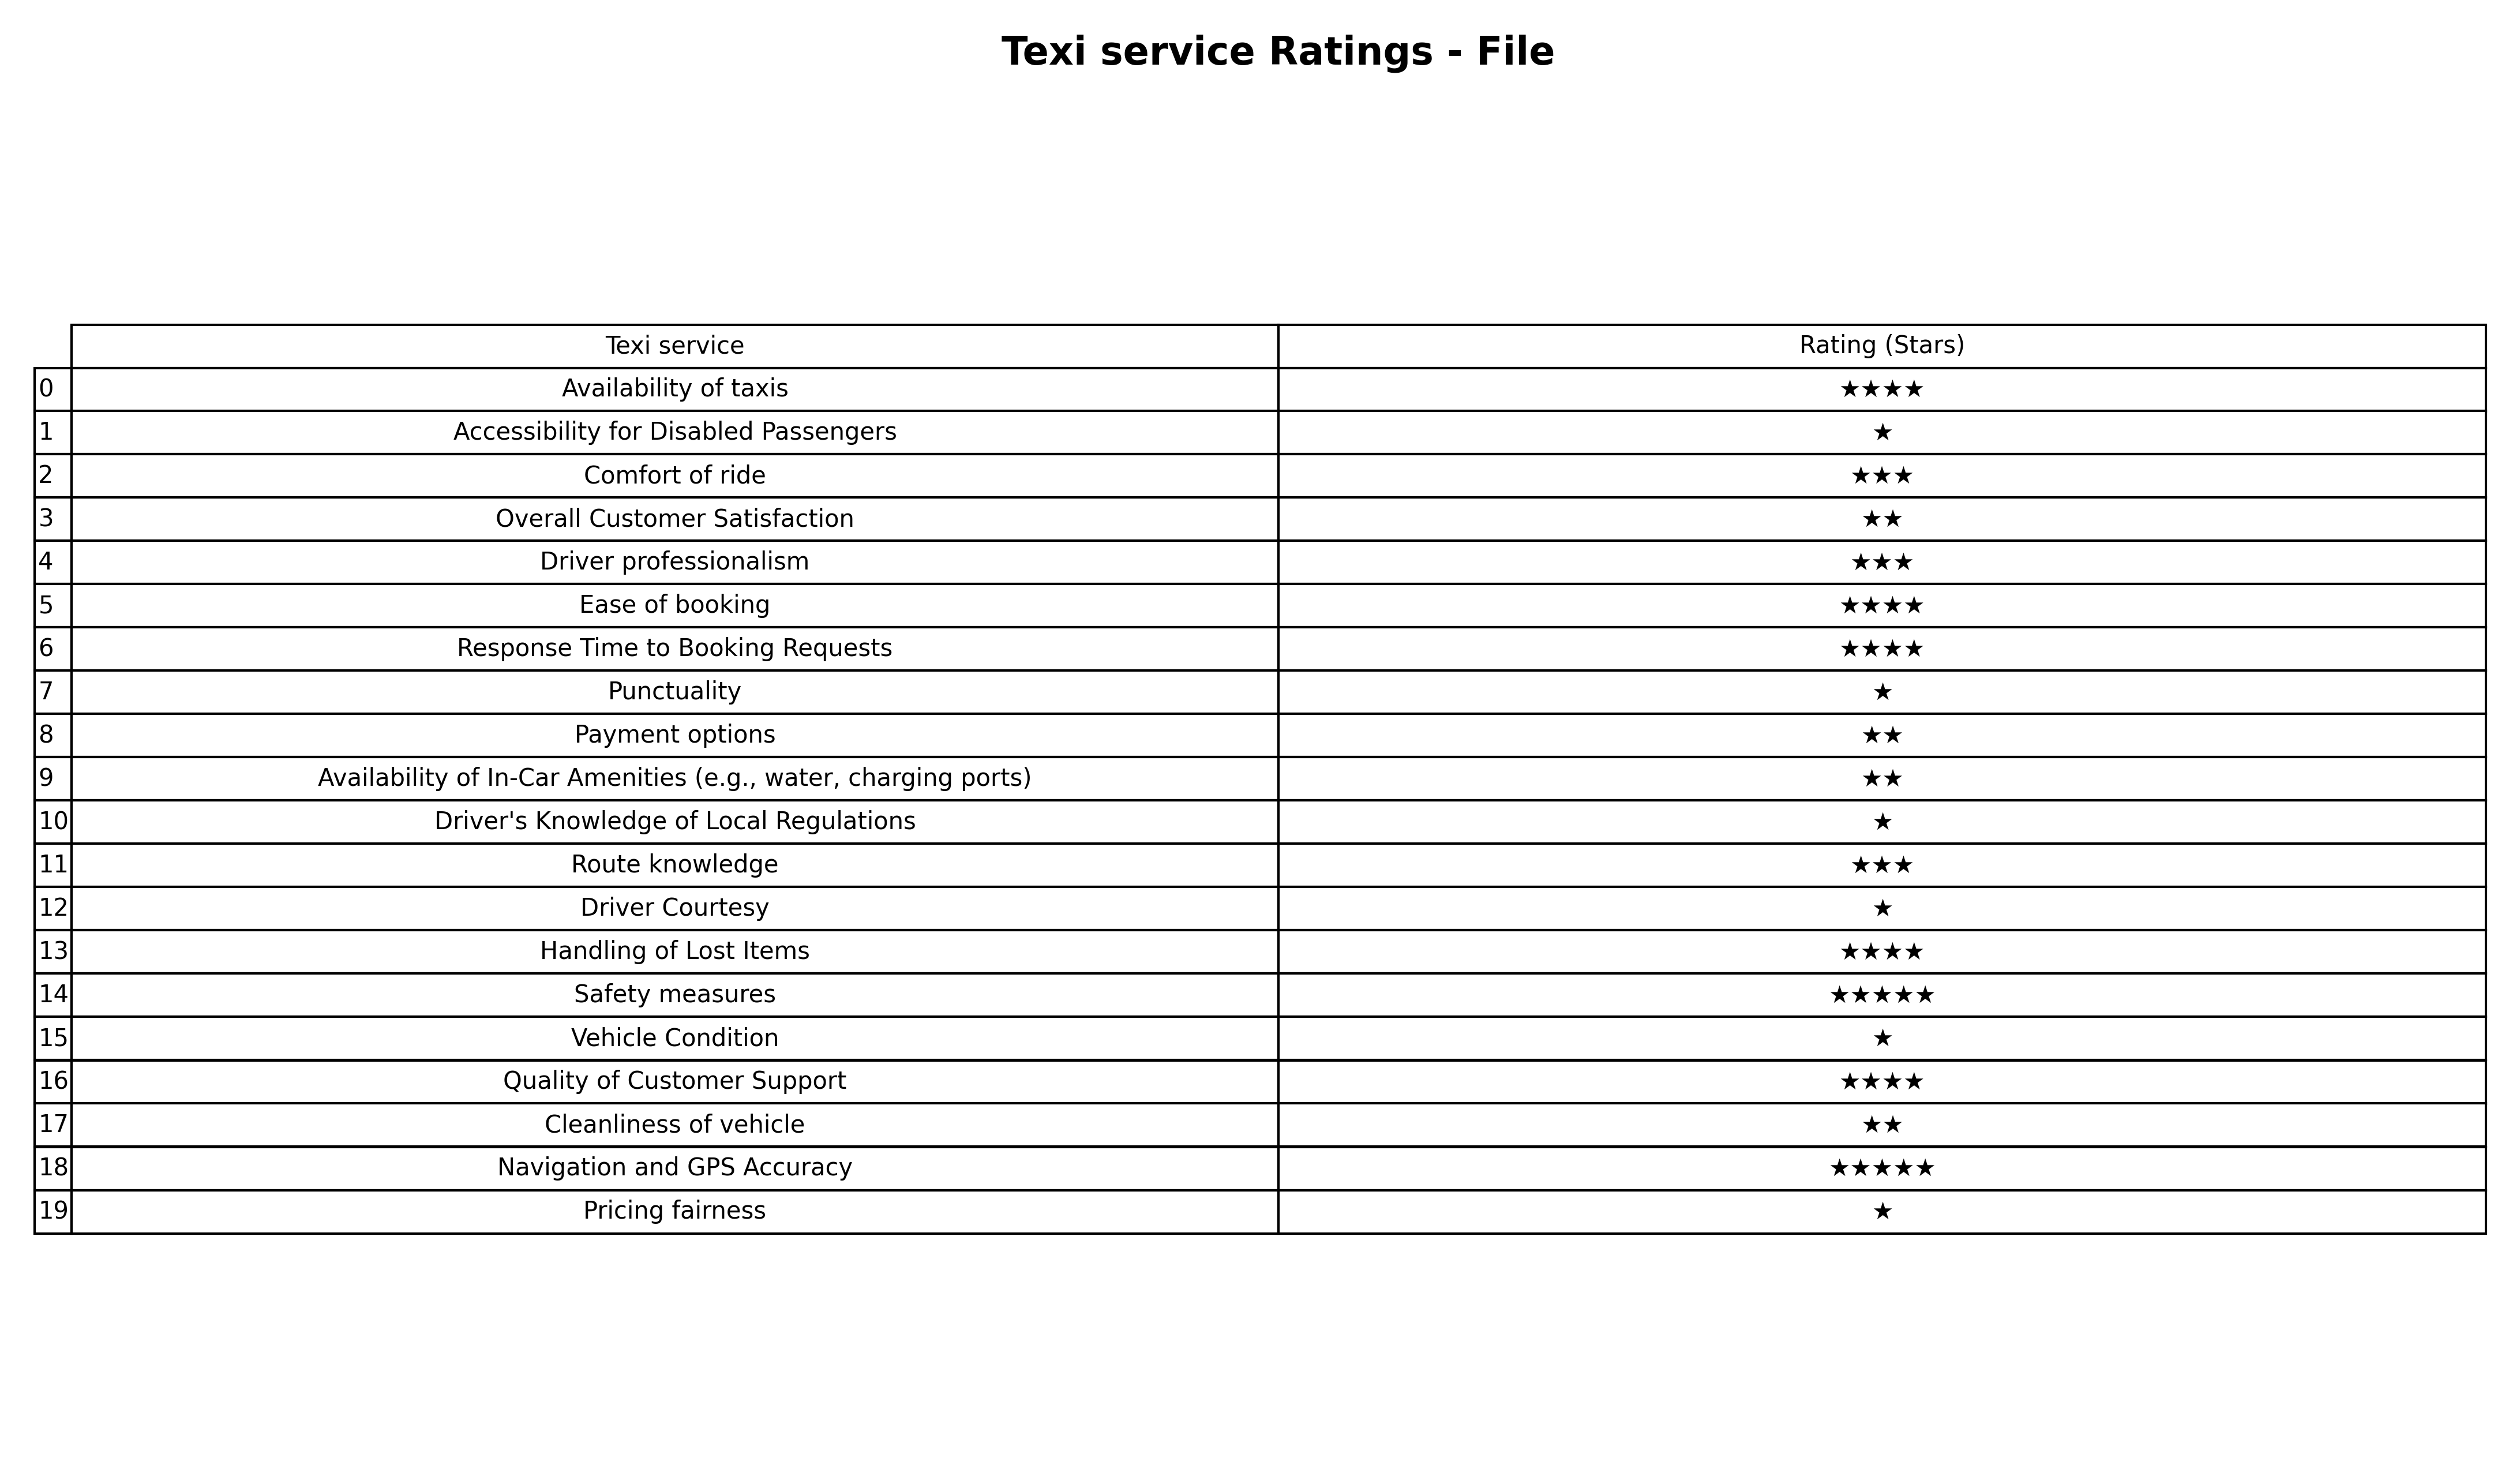
question: What are three star services?
answer: Comfort of rideDriver professionalismRoute knowledge